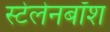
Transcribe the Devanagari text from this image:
स्टेलेनबॉश